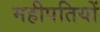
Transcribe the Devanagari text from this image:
महीपतियों